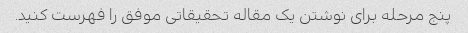
پنج مرحله برای نوشتن یک مقاله تحقیقاتی موفق را فهرست کنید.